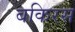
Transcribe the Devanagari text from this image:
बकिरस